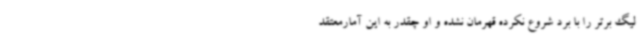
لیگ برتر را با برد شروع نکرده قهرمان نشده و او چقدر به این آمارمعتقد